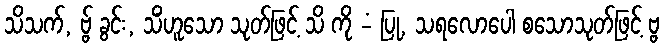
သိသက်, ဗ္ဗ် ခွင်း, သိံဟူသော သုတ်ဖြင့် သိ ကို -ံ ပြု, သရလောပေါ စသောသုတ်ဖြင့် ဗ္ဗ